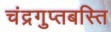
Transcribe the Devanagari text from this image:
चंद्रगुप्तबस्ति